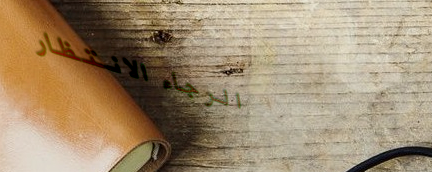
الرجاء الانتظار